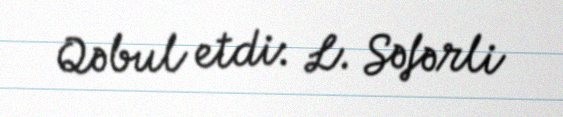
Qəbul etdi: L. Səfərli